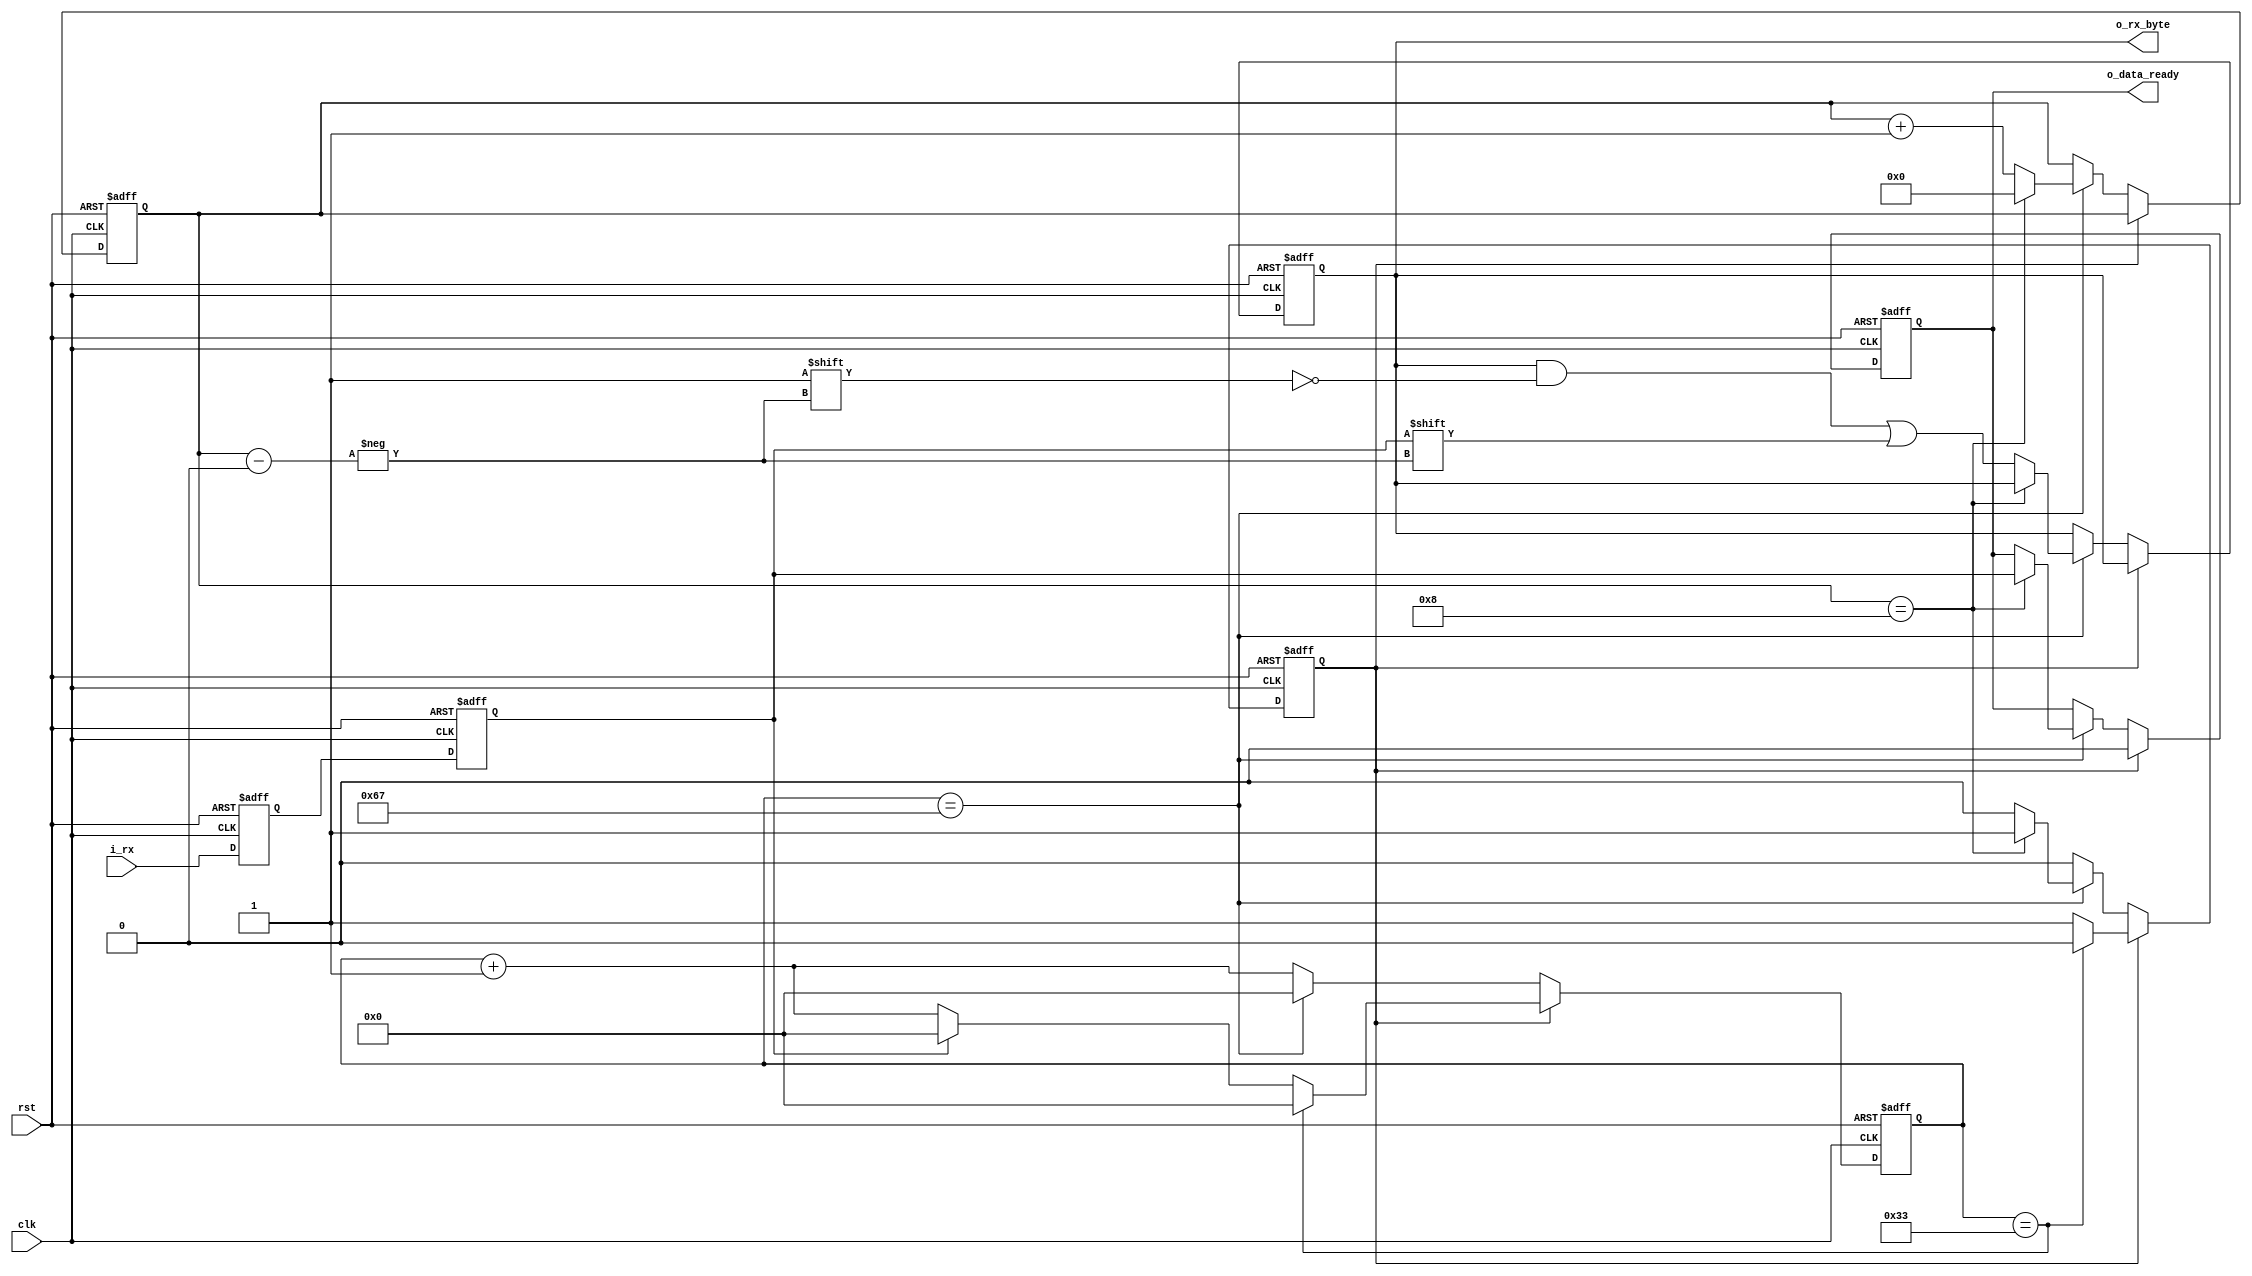
module uart_rx (
    input wire clk,
    input wire rst,
    input wire i_rx,

    output wire o_data_ready,
    output wire [7:0] o_rx_byte
    );

    parameter clk_freq = 12000000; // input clock in Hz
    parameter baudrate = 115200;
    parameter [15:0] timebase = clk_freq / baudrate;

    reg [15:0] ctr;     // timebase counter
    reg [3:0] bit;      // current RX bit
    reg [7:0] rx_byte;  // received byte
    reg rx, rx_;        // buffer registers
    reg start_bit;      // waiting for start bit?
    reg data_ready;

    always @ (posedge clk or posedge rst)
    begin
        if (rst) begin
            ctr <= 16'd0;
            bit <= 4'd0;
            data_ready <= 1'b0;
            rx_byte <= 8'd0;
            start_bit <= 1'b1;
            rx <= 1'b0;
            rx_ <= 1'b0;
        end else begin
            /* double buffer register */
            rx_ <= i_rx;
            rx <= rx_;

            if (start_bit) begin
                data_ready <= 1'b0;
                if (ctr == (timebase - 1) / 2) begin
                    start_bit <= 1'b0;
                    ctr <= 16'd0;
                end else begin
                    ctr <= rx ? 16'd0 : ctr + 16'd1;
                end
            end else begin
                if (ctr == timebase - 1) begin
                    if (bit == 4'd8) begin
                        /* stop bit */
                        data_ready <= rx; // set if stop bit is present
                        bit <= 4'd0;
                        start_bit <= 1'b1;
                    end else begin
                        /* regular bit */
                        rx_byte[bit] <= rx;
                        bit <= bit + 4'd1;
                    end

                    ctr <= 16'd0;
                end else begin
                    ctr <= ctr + 16'd1;
                end
            end
        end
    end

    assign o_rx_byte = rx_byte;
    assign o_data_ready = data_ready;
endmodule